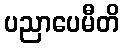
ပညာပေမီတိ